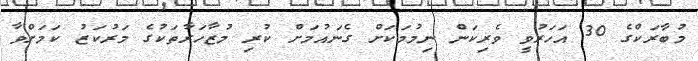
މުބާރަކްގެ 30 އަހަރުވީ ވެރިކަން ނިމުމަކަށް ގެނައުމަށް ކުރި މުޒާހަރާތަކުގެ މަރުކަޒު ކަމަށްވާ